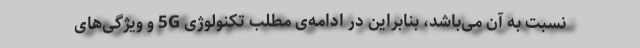
نسبت به آن می‌باشد، بنابراین در ادامه‌ی مطلب تکنولوژی 5G و ویژگی‌های